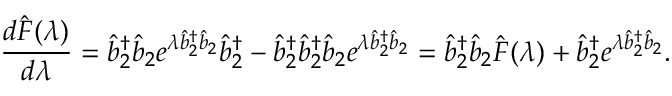
\frac { d \hat { F } ( \lambda ) } { d \lambda } = \hat { b } _ { 2 } ^ { \dagger } \hat { b } _ { 2 } e ^ { \lambda \hat { b } _ { 2 } ^ { \dagger } \hat { b } _ { 2 } } \hat { b } _ { 2 } ^ { \dagger } - \hat { b } _ { 2 } ^ { \dagger } \hat { b } _ { 2 } ^ { \dagger } \hat { b } _ { 2 } e ^ { \lambda \hat { b } _ { 2 } ^ { \dagger } \hat { b } _ { 2 } } = \hat { b } _ { 2 } ^ { \dagger } \hat { b } _ { 2 } \hat { F } ( \lambda ) + \hat { b } _ { 2 } ^ { \dagger } e ^ { \lambda \hat { b } _ { 2 } ^ { \dagger } \hat { b } _ { 2 } } .